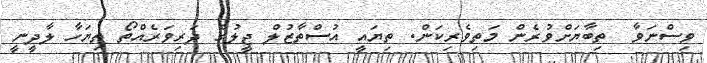
ވިސްނަވާ  ތިބާޔަށްވުރެން މަތިވެރިކަން. ތިޔައީ އުސްތާޒުލް ޖީލުގެ ދަރިވަރެއްތޯ ތިޔަހާ ލާދީނީ